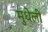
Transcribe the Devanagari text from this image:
मुधेली